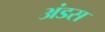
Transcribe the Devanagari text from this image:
अंडस